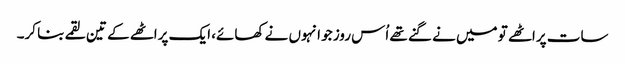
سات پراٹھے تو میں نے گنے تھے اُس روز جو انہوں نے کھائے، ایک پراٹھے کے تین لقمے بنا کر۔